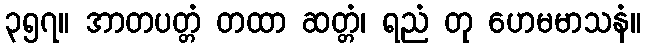
၃၅၇။ အာတပတ္တံ တထာ ဆတ္တံ၊ ရညံ တု ဟေမမာသနံ။